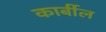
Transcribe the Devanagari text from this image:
कार्बील